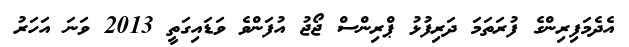
އެދެމަފިރިންގެ ފުރަތަމަ ދަރިފުޅު ޕްރިންސް ޖޯޖު އުފަންވެ ވަޑައިގަތީ 2013 ވަނަ އަހަރު